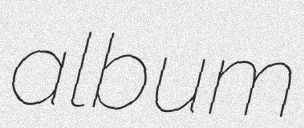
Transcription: album